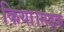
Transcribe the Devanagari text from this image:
किया।सड़क